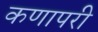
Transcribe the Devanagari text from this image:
कणापरी